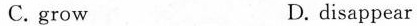
C. grow D. disappear